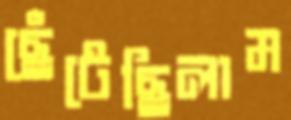
ছেঁটেছিলাম